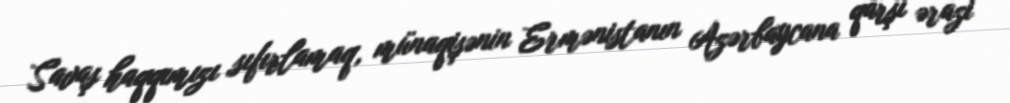
Savaş haqqımızı sıfırlamaq, münaqişənin Ermənistanın Azərbaycana qarşı ərazi